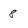
Character: 8